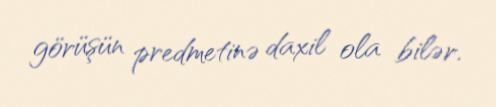
görüşün predmetinə daxil ola bilər.